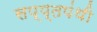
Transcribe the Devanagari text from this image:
सप्प्तपंथी